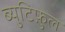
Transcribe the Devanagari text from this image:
ब्युटिफ़ुल